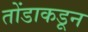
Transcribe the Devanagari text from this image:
तोंडाकडून